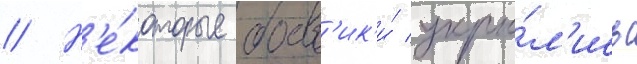
// Н'е́которые боев'ик'и́ укры́л'ись